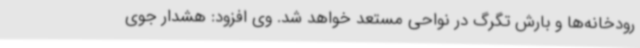
رودخانه‌ها و بارش تگرگ در نواحی مستعد خواهد شد. وی افزود: هشدار جوی